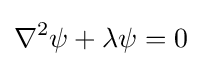
\nabla ^{2}\psi +\lambda \psi =0